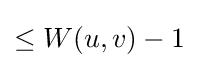
\leq W(u,v)-1